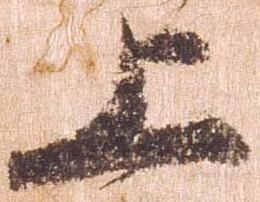
上